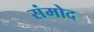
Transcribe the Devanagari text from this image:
संमोद